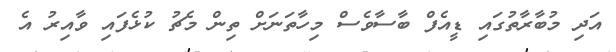
އަދި މުބާރާތުގައި ޑީއެފް ބާސާވެސް މިހާތަނަށް ތިން މެޗު ކުޅެފައި ވާއިރު އެ